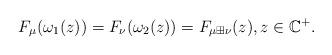
LaTeX: \begin{align*}F_{\mu}(\omega_1(z))=F_{\nu}(\omega_2(z))=F_{\mu\boxplus\nu}(z), z\in\mathbb{C}^+. \end{align*}